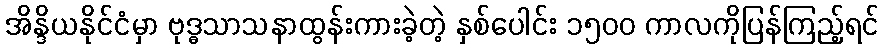
အိန္ဒိယနိုင်ငံမှာ ဗုဒ္ဓသာသနာထွန်းကားခဲ့တဲ့ နှစ်ပေါင်း ၁၅၀၀ ကာလကိုပြန်ကြည့်ရင်